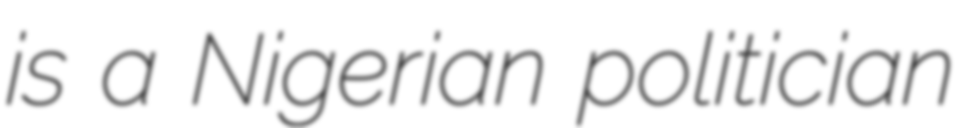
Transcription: is a Nigerian politician